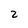
Character: 2